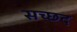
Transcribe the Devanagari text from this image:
सच्छद